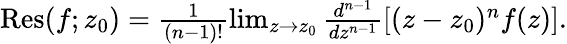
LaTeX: \begin{array}{r}{\operatorname{Res}(f;z_{0})=\frac{1}{(n-1)!}\operatorname*{lim}_{z\rightarrow z_{0}}\frac{d^{n-1}}{dz^{n-1}}\left[(z-z_{0})^{n}f(z)\right].}\end{array}